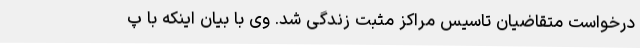
درخواست متقاضیان تاسیس مراکز مثبت زندگی شد. وی با بیان اینکه با پ